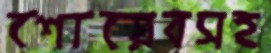
শোয়েবসহ